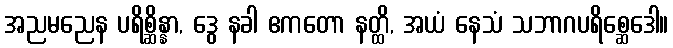
အညမညေန ပရိစ္ဆိန္နာ, ဒွေ နခါ ဧကတော နတ္ထိ, အယံ နေသံ သဘာဂပရိစ္ဆေဒေါ။